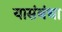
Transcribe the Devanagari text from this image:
यासंबंधा